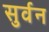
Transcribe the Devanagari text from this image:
सुर्वन